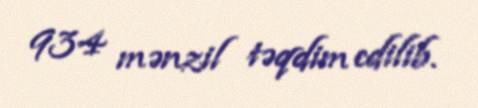
934 mənzil təqdim edilib.